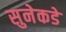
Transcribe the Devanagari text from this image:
सुनेकडे